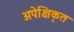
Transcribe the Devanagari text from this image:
अपेक्षिकृत